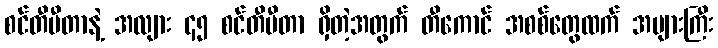
စင်တီမီတာနဲ့ အလျား ၄၅ စင်တီမီတာ ရှိတဲ့အတွက် တီကောင် အစစ်တွေထက် အများကြီး